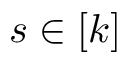
s \in [ k ]